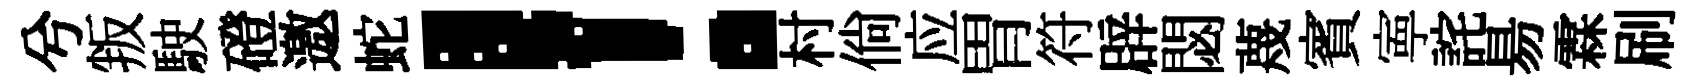
兮叛駛磴邀蛇！村倘应胃符辟閟蔑賓寕詫昜霖刷